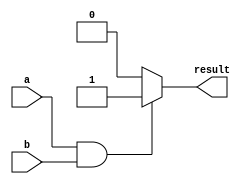
module simple_assign (
    input wire a,
    input wire b,
    output reg result
);

always @* begin
    if (a & b) begin
        result = 1;
    end else begin
        result = 0;
    end
end

endmodule